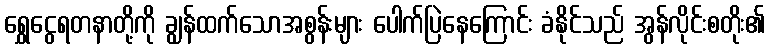
ရွှေငွေရတနာတို့ကို ချွန်ထက်သောအစွန်းများ ပေါက်ပြဲနေကြောင်း ခံနိုင်သည် အွန်လိုင်းစတိုး၏